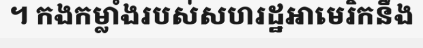
។ កងកម្លាំងរបស់សហរដ្ឋអាមេរិកនឹង